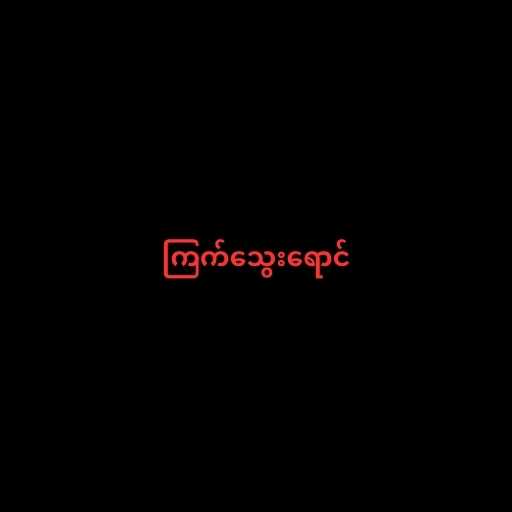
ကြက်သွေးရောင်